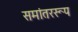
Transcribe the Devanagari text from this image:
समांतररूप